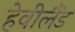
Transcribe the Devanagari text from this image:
हेवीलैंड